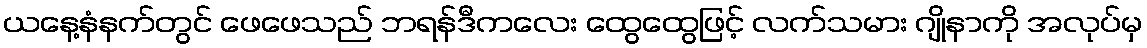
ယနေ့နံနက်တွင် ဖေဖေသည် ဘရန်ဒီကလေး ထွေထွေဖြင့် လက်သမား ဂျိုနာကို အလုပ်မှ